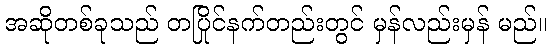
အဆိုတစ်ခုသည် တပြိုင်နက်တည်းတွင် မှန်လည်းမှန် မည်။